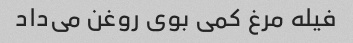
فیله مرغ کمی بوی روغن می‌داد